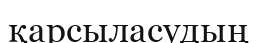
қарсыласудың